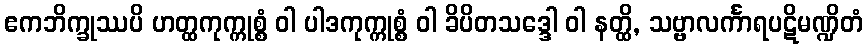
ဧကဘိက္ခုဿပိ ဟတ္ထကုက္ကုစ္စံ ဝါ ပါဒကုက္ကုစ္စံ ဝါ ခိပိတသဒ္ဒေါ ဝါ နတ္ထိ, သဗ္ဗာလင်္ကာရပဋိမဏ္ဍိတံ